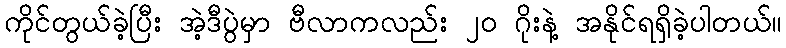
ကိုင်တွယ်ခဲ့ပြီး အဲ့ဒီပွဲမှာ ဗီလာကလည်း ၂၀ ဂိုးနဲ့ အနိုင်ရရှိခဲ့ပါတယ်။